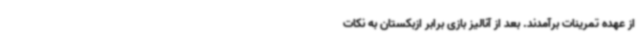
از عهده تمرینات برآمدند. بعد از آنالیز بازی برابر ازبکستان به نکات